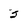
Character: 5